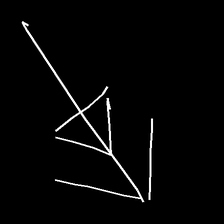
Glyph: pull